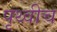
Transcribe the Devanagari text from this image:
पृथ्वीच